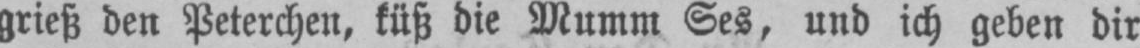
grieß den Peterchen, küß die Mumm Ses, und ich geben dir